65_HS1-834228961_62-HQ-83894_Section_5
Agency: FBI
Page 180
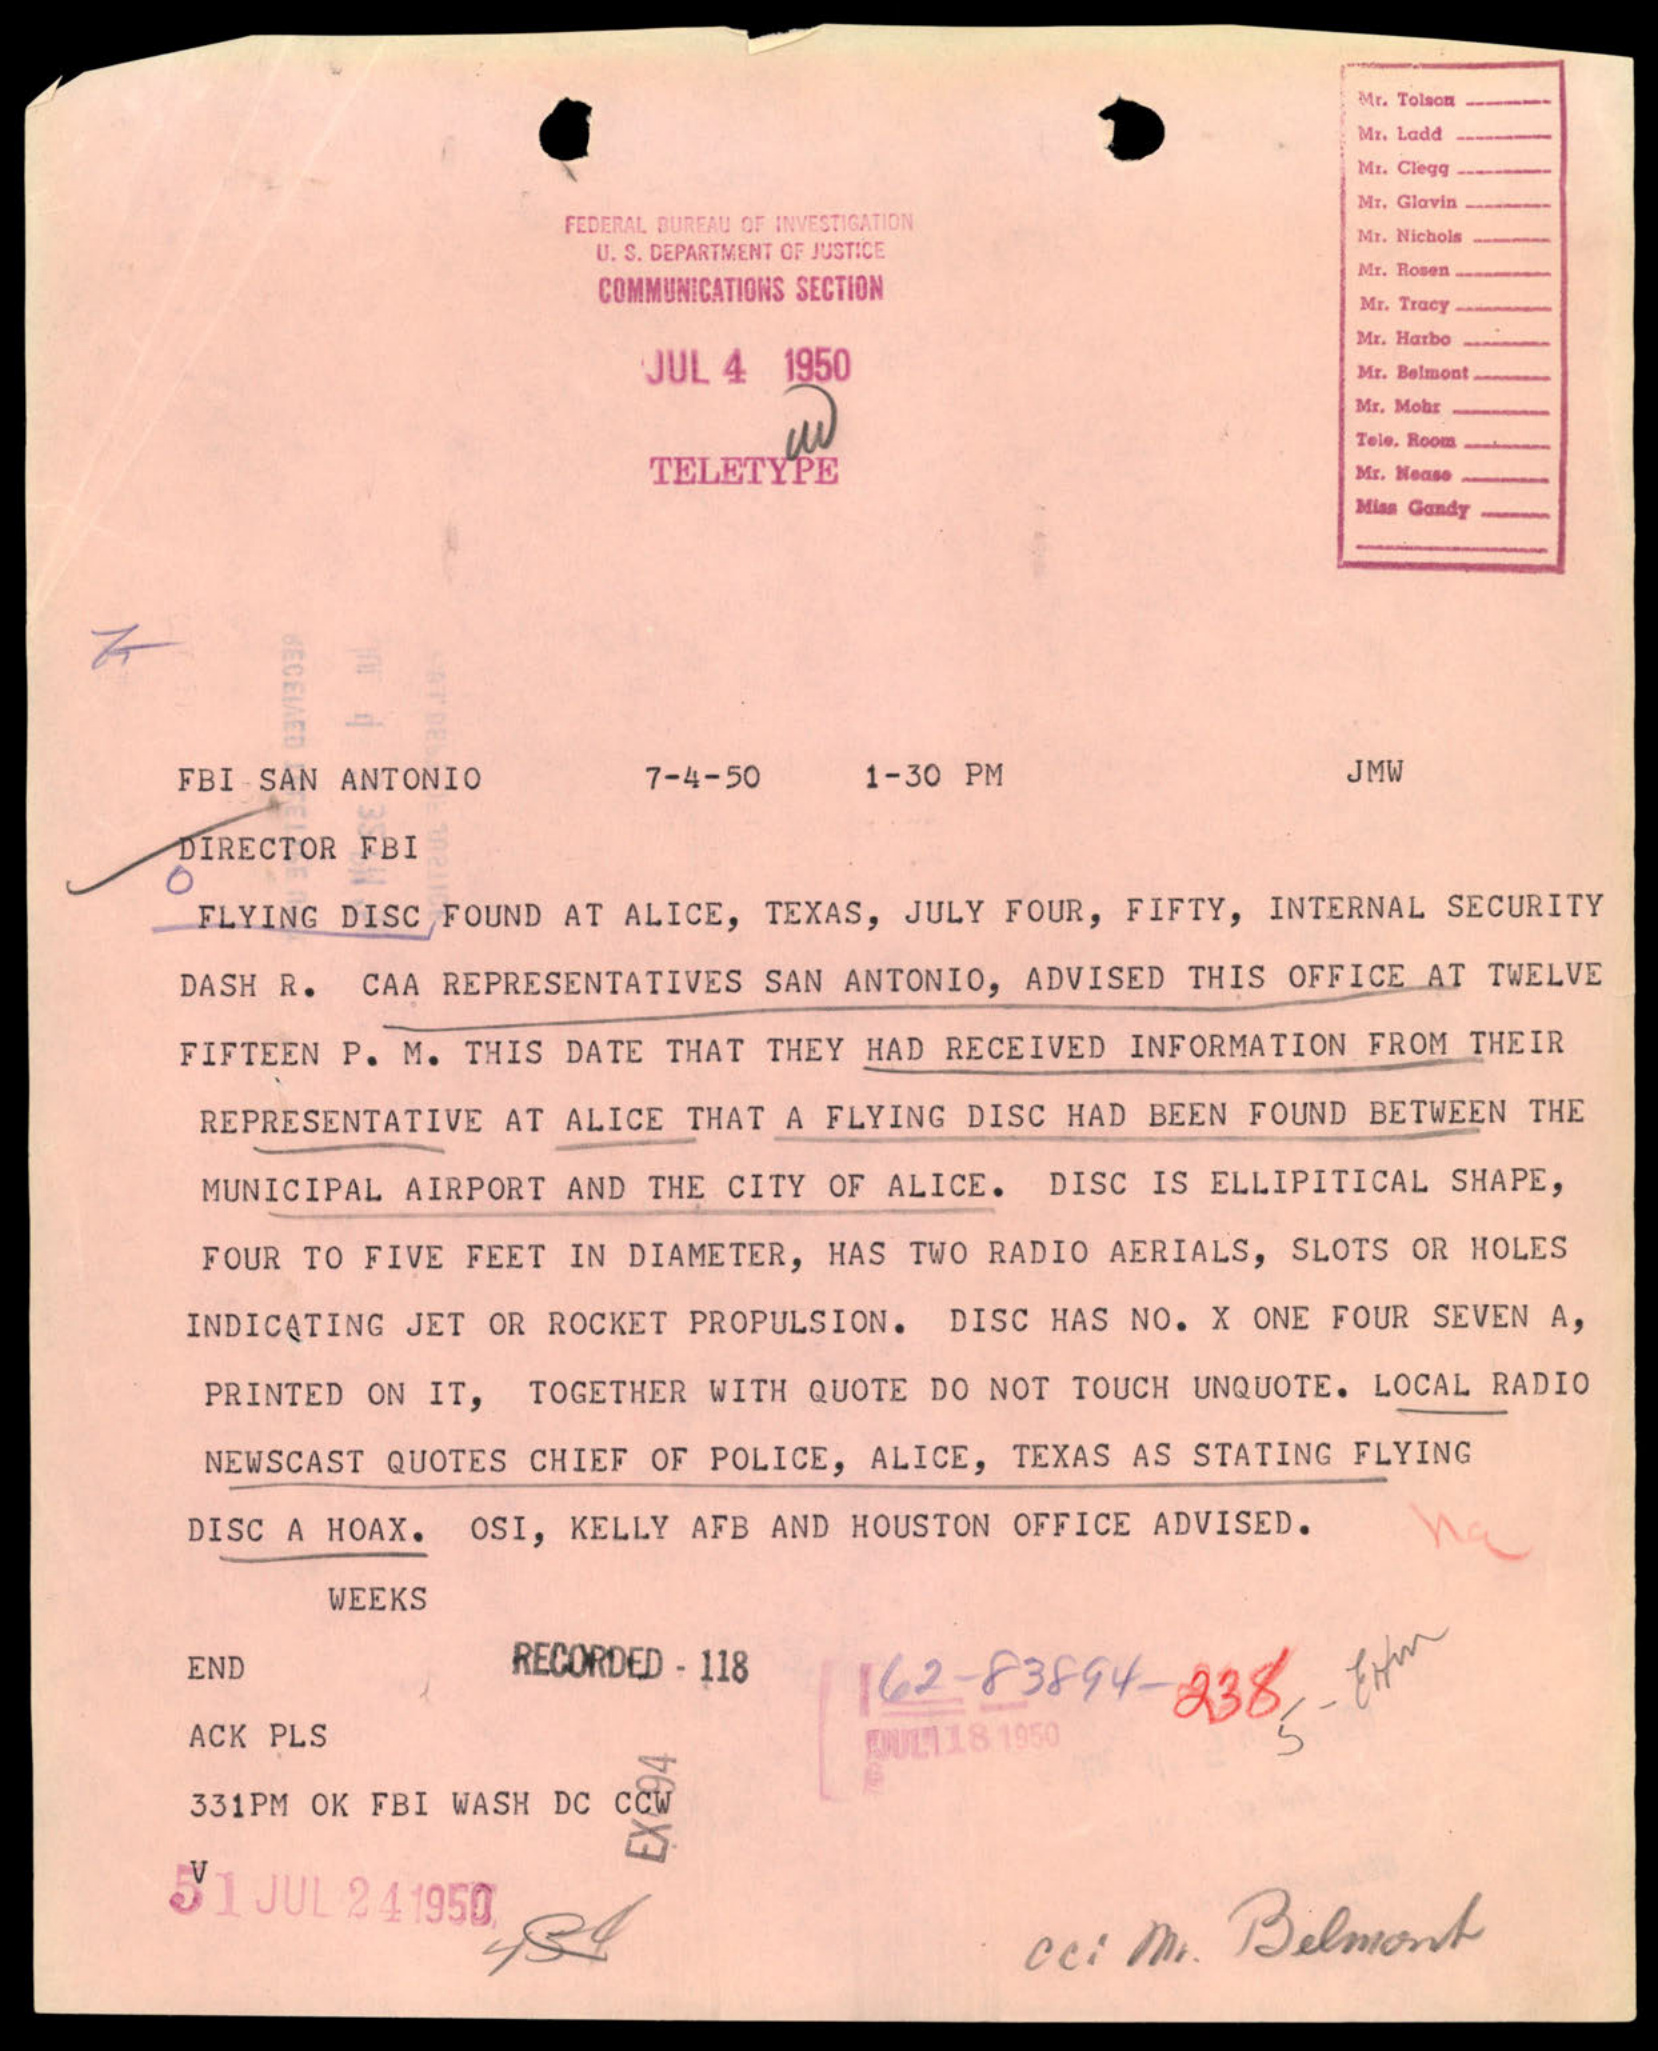